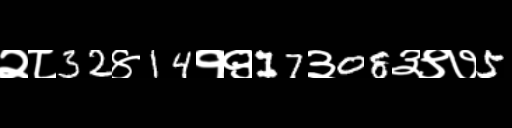
Text: २८32४14१९17३08३९७5